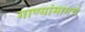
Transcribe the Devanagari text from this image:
गाण्यांमागचे